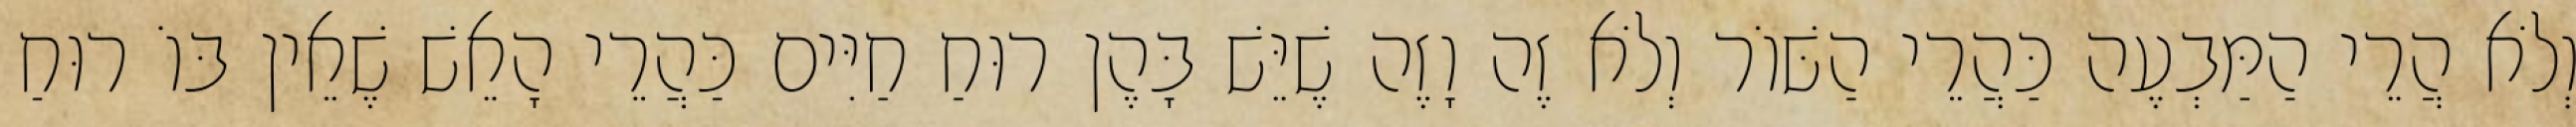
וְלֹא הֲרֵי הַמַּבְעֶה כַּהֲרֵי הַשּׁוֹר וְלֹא זֶה וָזֶה שֶׁיֵּשׁ בָּהֶן רוּחַ חַיִּים כַּהֲרֵי הָאֵשׁ שֶׁאֵין בּוֹ רוּחַ